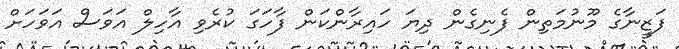
ފަޒީނާގެ މޫނުމަތިން ފެނިގެން ދިޔަ ހައިރާންކަން ފާހަގަ ކުރެވި އާހިލް އަވަސް އަވަހަށް